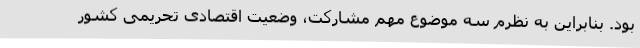
بود. بنابراین به نظرم سه موضوع مهم مشارکت، وضعیت اقتصادی تحریمی کشور